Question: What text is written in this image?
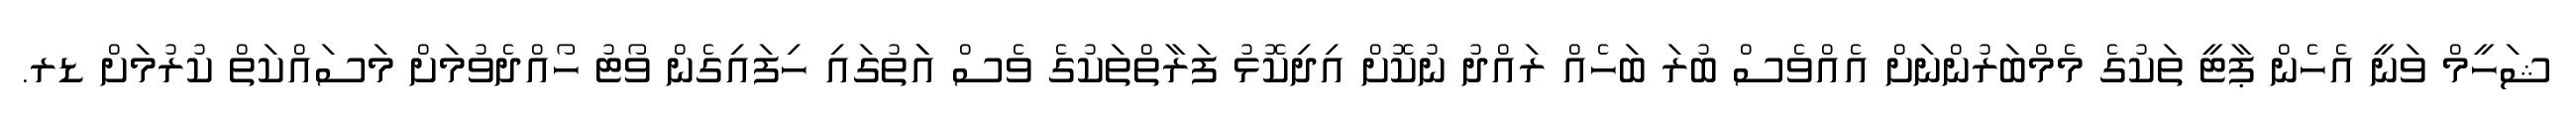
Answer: ޝަހީމް ވަނީ އެހެން ޕާޓީ ތަކުގެ މެމްބަރުންނަށް އެއްވެސް ބުރަ ބަހެއް ރައްދު ނުކޮށް އިދިކޮޅު ފަރާތްތަކުގެ ވެސް އަަތުގައި ހިފައިގެން ވޯޓު ހޯއްދެވުމަށް މަސައްކަތް ކުރުމަށް ޑރ.